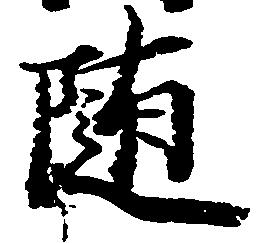
随